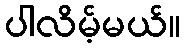
ပါလိမ့်မယ်။